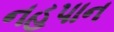
નહપાન